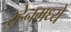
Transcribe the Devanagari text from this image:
ऱ्हेनमध्ये